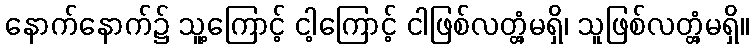
နောက်နောက်၌ သူ့ကြောင့် ငါ့ကြောင့် ငါဖြစ်လတ္တံ့မရှိ၊ သူဖြစ်လတ္တံ့မရှိ။